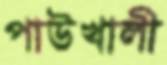
পাউখালী